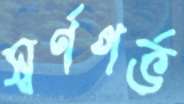
স্বর্ণগর্ভ